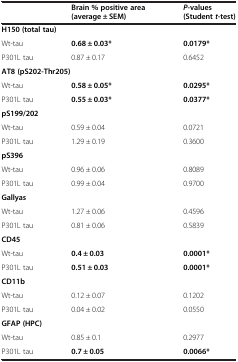
<table><thead><tr><td></td><td><b>Brain % positive area (average ± SEM)</b></td><td><b><i>P</i>-values (Student<i>t</i>-test)</b></td></tr></thead><tbody><tr><td colspan="3"><b>H150 (total tau)</b></td></tr><tr><td>Wt-tau</td><td><b>0.68 ± 0.03*</b></td><td><b>0.0179*</b></td></tr><tr><td>P301L tau</td><td>0.87 ± 0.17</td><td>0.6452</td></tr><tr><td colspan="3"><b>AT8 (pS202-Thr205)</b></td></tr><tr><td>Wt-tau</td><td><b>0.58 ± 0.05*</b></td><td><b>0.0295*</b></td></tr><tr><td>P301L tau</td><td><b>0.55 ± 0.03*</b></td><td><b>0.0377*</b></td></tr><tr><td colspan="3"><b>pS199/202</b></td></tr><tr><td>Wt-tau</td><td>0.59 ± 0.04</td><td>0.0721</td></tr><tr><td>P301L tau</td><td>1.29 ± 0.19</td><td>0.3600</td></tr><tr><td colspan="3"><b>pS396</b></td></tr><tr><td>Wt-tau</td><td>0.96 ± 0.06</td><td>0.8089</td></tr><tr><td>P301L tau</td><td>0.99 ± 0.04</td><td>0.9700</td></tr><tr><td colspan="3"><b>Gallyas</b></td></tr><tr><td>Wt-tau</td><td>1.27 ± 0.06</td><td>0.4596</td></tr><tr><td>P301L tau</td><td>0.81 ± 0.06</td><td>0.5839</td></tr><tr><td colspan="3"><b>CD45</b></td></tr><tr><td>Wt-tau</td><td><b>0.4 ± 0.03</b></td><td><b>0.0001*</b></td></tr><tr><td>P301L tau</td><td><b>0.51 ± 0.03</b></td><td><b>0.0001*</b></td></tr><tr><td colspan="3"><b>CD11b</b></td></tr><tr><td>Wt-tau</td><td>0.12 ± 0.07</td><td>0.1202</td></tr><tr><td>P301L tau</td><td>0.04 ± 0.02</td><td>0.0550</td></tr><tr><td colspan="3"><b>GFAP (HPC)</b></td></tr><tr><td>Wt-tau</td><td>0.85 ± 0.1</td><td>0.2977</td></tr><tr><td>P301L tau</td><td><b>0.7 ± 0.05</b></td><td><b>0.0066*</b></td></tr></tbody></table>